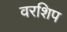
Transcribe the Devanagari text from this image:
वरशिप